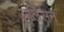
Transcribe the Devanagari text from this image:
अलिसन